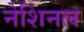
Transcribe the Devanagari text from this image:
नेशिनल